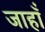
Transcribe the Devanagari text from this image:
जाहाँ